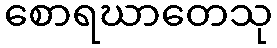
စောရဃာတေသု